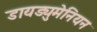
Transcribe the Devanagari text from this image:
डायड्युमेनियन